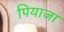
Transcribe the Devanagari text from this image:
पियाजा